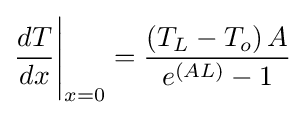
{\frac {dT}{dx}}{\Bigg |}_{x=0}={\frac {\left(T_{L}-T_{o}\right)A}{e^{\left(AL\right)}-1}}